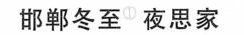
邯郸冬至^{①}夜思家